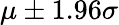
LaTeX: \mu\pm 1.96\sigma